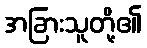
အခြားသူတို့၏